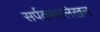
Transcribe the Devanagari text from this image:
सर्पकथालेखन